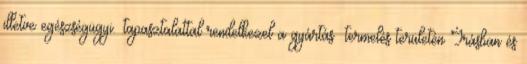
illetve egészségügyi. .tapasztalattal rendelkezel a gyártás termelés területén Írásban és